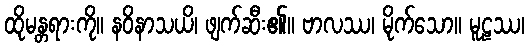
ထိုမန္တရားကို။ နဝိနာသယိ၊ ဖျက်ဆီး၏။ ဗာလဿ၊ မိုက်သော။ မူဠဿ၊